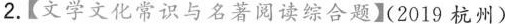
2.【文学文化常识与名著阅读综合题】(2019杭州)